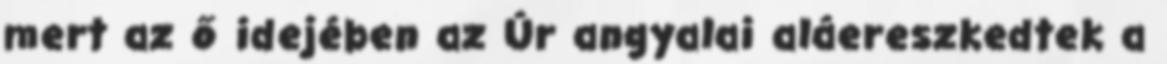
mert az ő idejében az Úr angyalai aláereszkedtek a